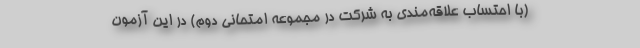
(با احتساب علاقه‌مندی به شرکت در مجموعه امتحانی دوم) در این آزمون